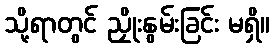
သို့ရာတွင် ညှိုးနွမ်းခြင်း မရှိ။